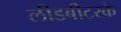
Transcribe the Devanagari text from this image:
लीडबीटरके